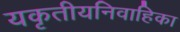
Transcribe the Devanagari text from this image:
यकृतीयनिवाहिका